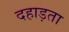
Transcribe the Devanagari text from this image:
दहाड़ता